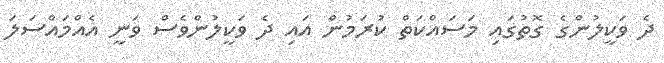
ދެ ވަކީލުންގެ ގޮތުގައި މަސައްކަތް ކުރަމުން އައި ދެ ވަކީލުންވެސް ވަނީ އެއްމައްސަލަ